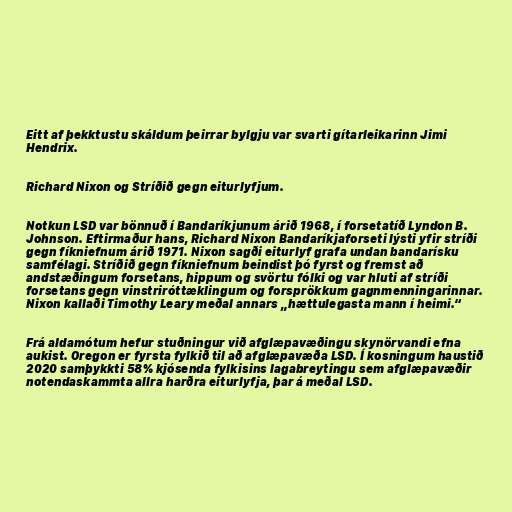
Eitt af þekktustu skáldum þeirrar bylgju var svarti gítarleikarinn Jimi
Hendrix.

Richard Nixon og Stríðið gegn eiturlyfjum.

Notkun LSD var bönnuð í Bandaríkjunum árið 1968, í forsetatíð Lyndon B.
Johnson. Eftirmaður hans, Richard Nixon Bandaríkjaforseti lýsti yfir stríði
gegn fíkniefnum árið 1971. Nixon sagði eiturlyf grafa undan bandarísku
samfélagi. Stríðið gegn fíkniefnum beindist þó fyrst og fremst að
andstæðingum forsetans, hippum og svörtu fólki og var hluti af stríði
forsetans gegn vinstriróttæklingum og forsprökkum gagnmenningarinnar.
Nixon kallaði Timothy Leary meðal annars „hættulegasta mann í heimi.“

Frá aldamótum hefur stuðningur við afglæpavæðingu skynörvandi efna
aukist. Oregon er fyrsta fylkið til að afglæpavæða LSD. Í kosningum haustið
2020 samþykkti 58% kjósenda fylkisins lagabreytingu sem afglæpavæðir
notendaskammta allra harðra eiturlyfja, þar á meðal LSD.